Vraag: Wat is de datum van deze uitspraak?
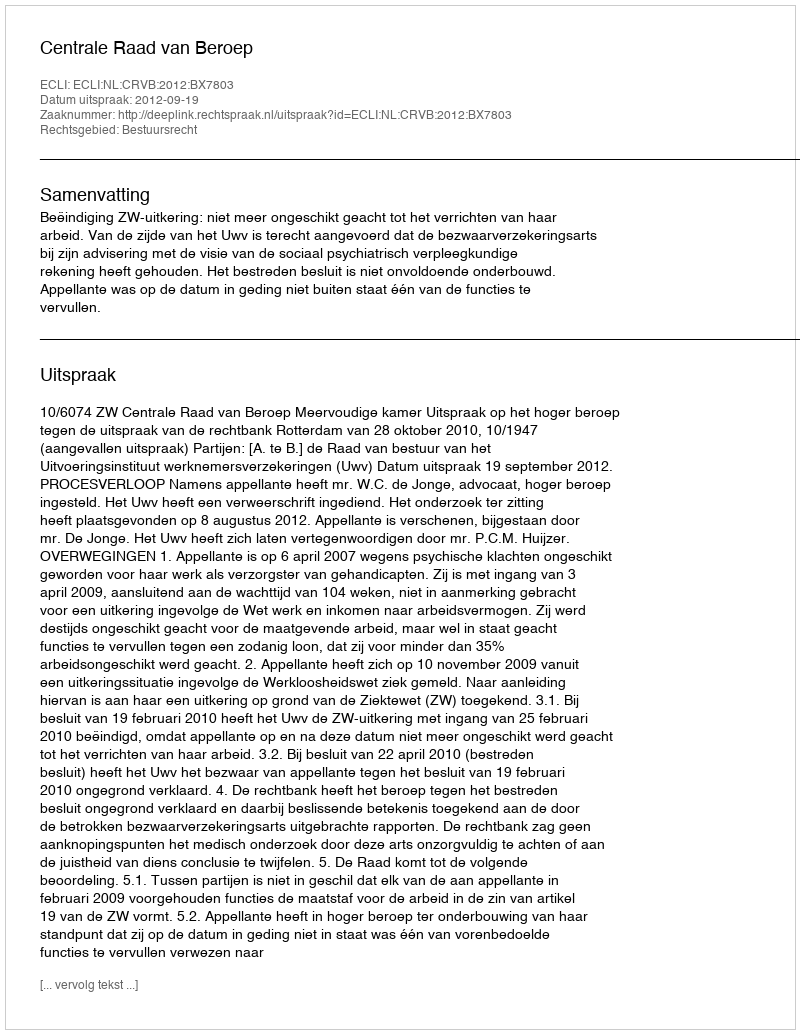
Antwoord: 2012-09-19